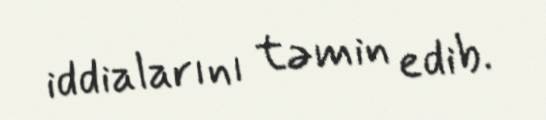
iddialarını təmin edib.